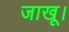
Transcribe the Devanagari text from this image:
जाखू।